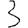
Digit: 3